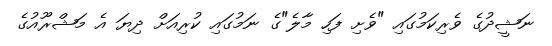
ނަޝީދުގެ ވެރިކަމުގައި "ވެށި ފަހި މާލެ"ގެ ނަމުގައި ކުރިއަށް ދިޔަ އެ މަޝްރޫއުގެ